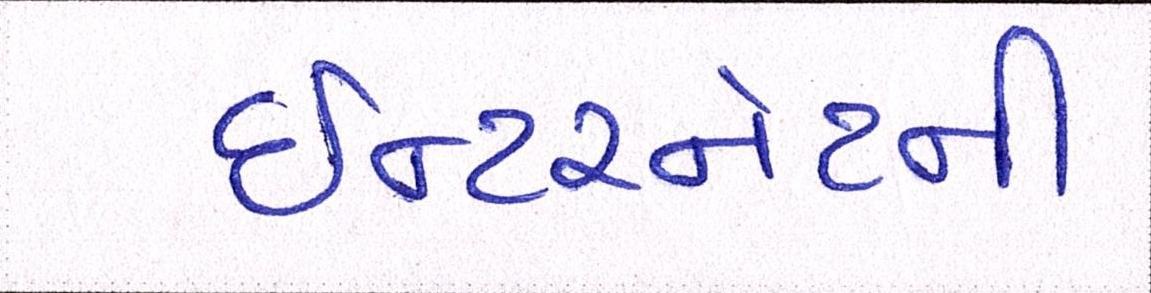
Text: ઈન્ટરનેટની